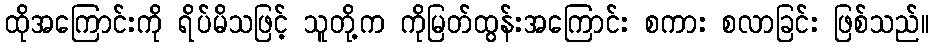
ထိုအကြောင်းကို ရိပ်မိသဖြင့် သူတို့က ကိုမြတ်ထွန်းအကြောင်း စကား စလာခြင်း ဖြစ်သည်။